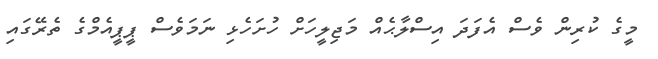
މީގެ ކުރިން ވެސް އެފަދަ އިސްލާޙެއް މަޖިލީހަށް ހުށަހެޅި ނަމަވެސް ޕީޕީއެމްގެ ތެރޭގައި